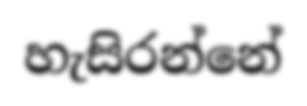
හැසිරන්නේ